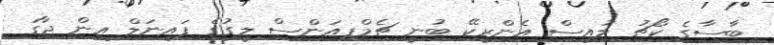
ބާސާގެ ކޯޗު ލުއިސް އެންރީކޭ ބުނީ ޗެމްޕިއަންސް ލީގުގެ ފައިނަލް އިން ޖާގަ